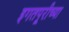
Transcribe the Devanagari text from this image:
इगतपूरीच्या